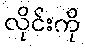
လိုင်းကို